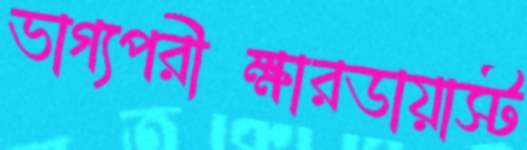
ভাগ্যপরীক্ষারডায়াস্ট